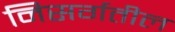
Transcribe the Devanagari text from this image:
निसर्गतील